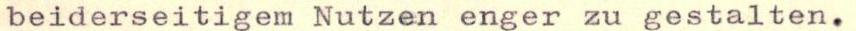
beiderseitigem Nutzen enger zu gestalten.